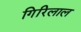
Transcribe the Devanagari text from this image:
गिरिलाल